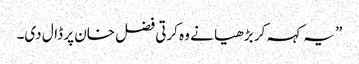
” یہ کہہ کر بڑھیا نے وہ کرتی فضل خان پر ڈال دی۔